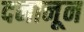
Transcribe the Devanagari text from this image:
दनानून